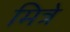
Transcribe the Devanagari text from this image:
मित्रे